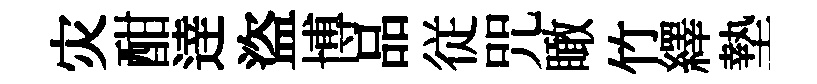
灾酣逹盜博品従咒瞰竹繹墊